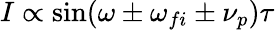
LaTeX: I\propto\sin(\omega\pm\omega_{fi}\pm\nu_{p})\tau